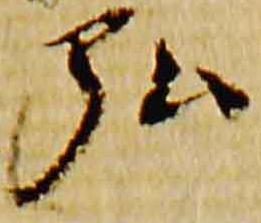
弘